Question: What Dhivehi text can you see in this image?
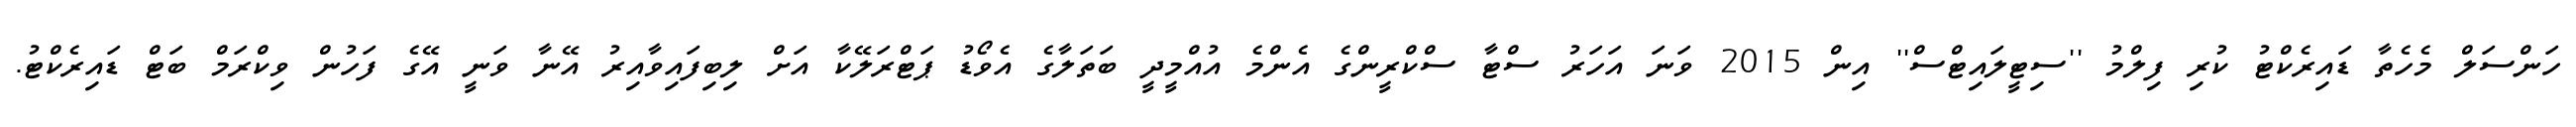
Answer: ހަންސަލް މެހެތާ ޑައިރެކްޓު ކުރި ފިލްމު ''ސިޓީލައިޓްސް'' އިން 2015 ވަނަ އަހަރު ސްޓާ ސްކްރީންގެ އެންމެ އުއްމީދީ ބަތަލާގެ އެވޯޑު ޕަޓްރަލޭކާ އަށް ލިބިފައިވާއިރު އޭނާ ވަނީ އޭގެ ފަހުން ވިކްރަމް ބަޓް ޑައިރެކްޓު.